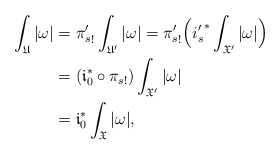
\begin{align*}\int_{\mathfrak U}|\omega|&= {\pi'_s}_!\int_{\mathfrak U'}|\omega|={\pi'_s}_!\Big( {i'_s}^*\int_{\mathfrak X'}|\omega|\Big) \\&=(\mathfrak i_0^*\circ {\pi_s}_!)\int_{\mathfrak X'}|\omega|\\&=\mathfrak i_0^*\int_{\mathfrak X}|\omega|,\end{align*}